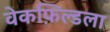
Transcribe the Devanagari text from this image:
वेकफ़िल्डला